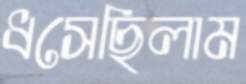
ধসেছিলাম